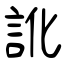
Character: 訛